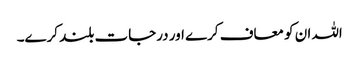
اللہ ان کو معاف کرے اور درجات بلند کرے۔